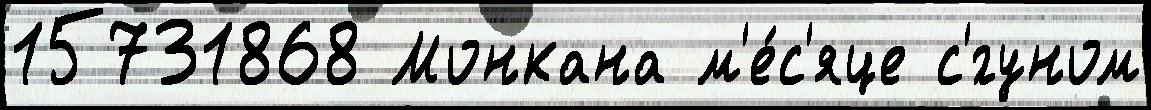
15731868 Монкана м'е́с'яце с'́гуном